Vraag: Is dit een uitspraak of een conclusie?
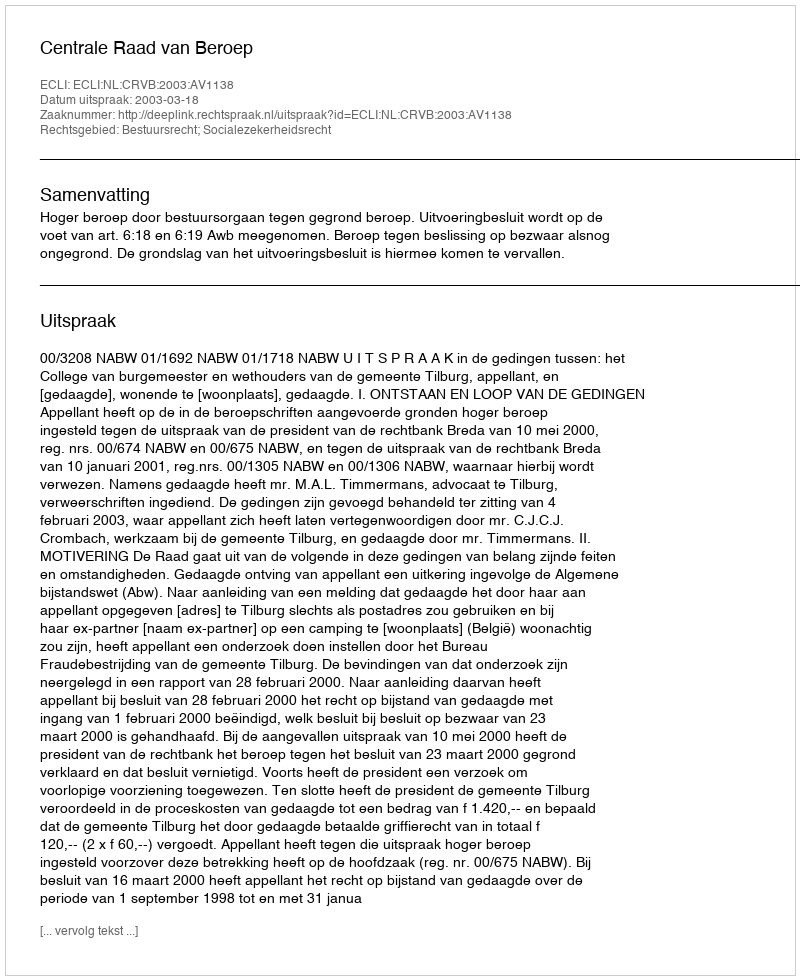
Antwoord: Uitspraak